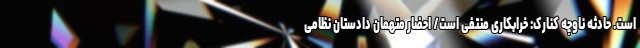
است. حادثه ناوچه کنارک: خرابکاری منتفی است/ احضار متهمان دادستان نظامی